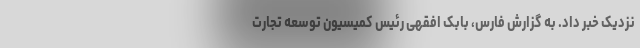
نزدیک خبر داد. به گزارش فارس، بابک افقهی رئیس کمیسیون توسعه تجارت